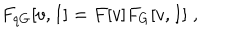
LaTeX: F _ { q G } [ v , I ] = F [ v ] F _ { G } [ v , I ] \; ,